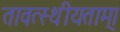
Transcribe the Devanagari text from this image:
तावत्स्थीयताम्।